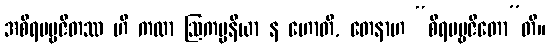
အစိရပဗ္ဗဇိတဿ ဟိ ကထာ ဩကပ္ပနီယာ န ဟောတိ, တေနာဟ “စိရပဗ္ဗဇိတော”တိ။